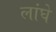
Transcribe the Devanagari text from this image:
लांघे